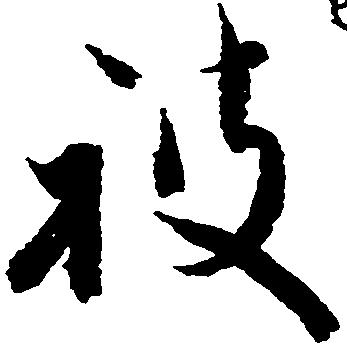
被